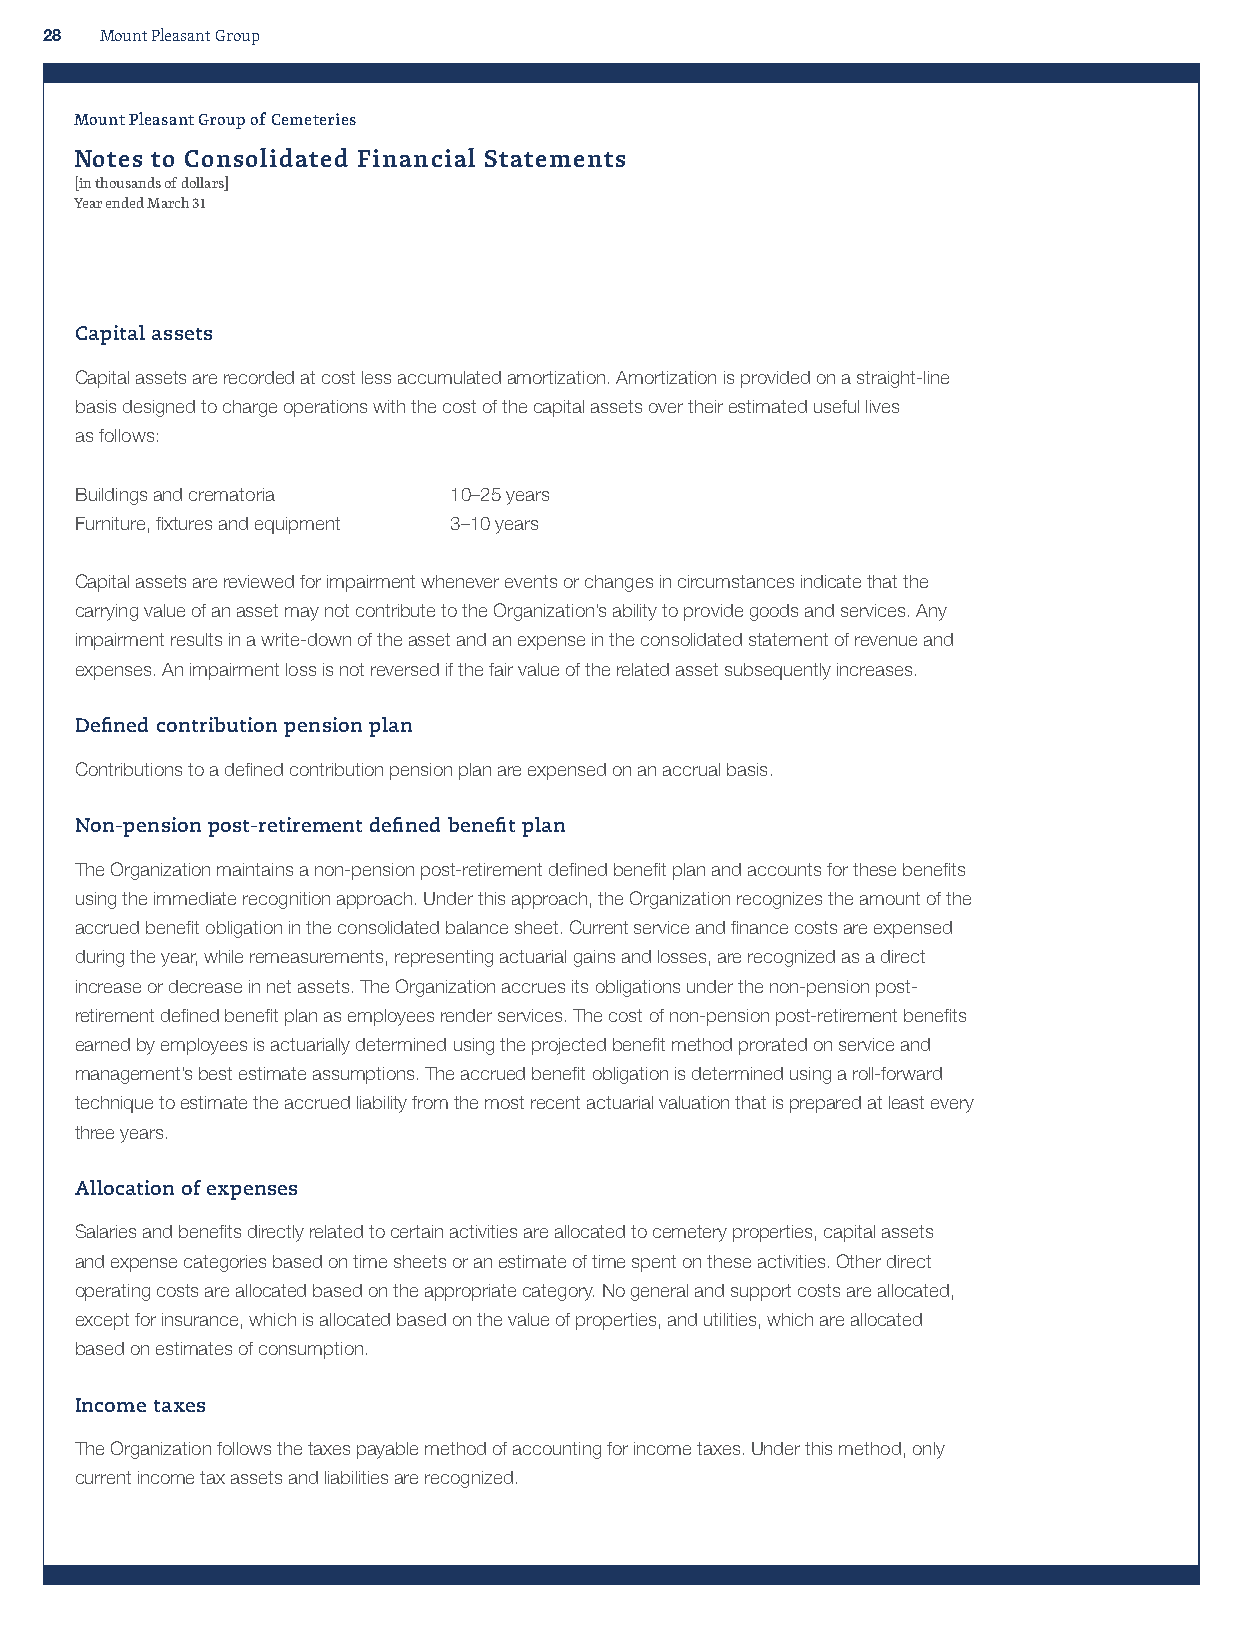
28  Mount Pleasant Group
 Mount Pleasant Group of Cemeteries
 Notes to Consolidated Financial Statements
 [in thousands of dollars]
 Year ended March 31
 Capital assets
 Capital assets are recorded at cost less accumulated amortization. Amortization is provided on a straight-line
 basis designed to charge operations with the cost of the capital assets over their estimated useful lives
 as follows:
 Buildings and crematoria 10–25 years
 Furniture, fixtures and equipment 3–10 years
 Capital assets are reviewed for impairment whenever events or changes in circumstances indicate that the
 carrying value of an asset may not contribute to the Organization’s ability to provide goods and services. Any
 impairment results in a write-down of the asset and an expense in the consolidated statement of revenue and
 expenses. An impairment loss is not reversed if the fair value of the related asset subsequently increases.
 Defined contribution pension plan
 Contributions to a defined contribution pension plan are expensed on an accrual basis.
 Non-pension post-retirement defined benefit plan
 The Organization maintains a non-pension post-retirement defined benefit plan and accounts for these benefits
 using the immediate recognition approach. Under this approach, the Organization recognizes the amount of the
 accrued benefit obligation in the consolidated balance sheet. Current service and finance costs are expensed
 during the year, while remeasurements, representing actuarial gains and losses, are recognized as a direct
 increase or decrease in net assets. The Organization accrues its obligations under the non-pension post-
 retirement defined benefit plan as employees render services. The cost of non-pension post-retirement benefits
 earned by employees is actuarially determined using the projected benefit method prorated on service and
 management’s best estimate assumptions. The accrued benefit obligation is determined using a roll-forward
 technique to estimate the accrued liability from the most recent actuarial valuation that is prepared at least every
 three years.
 Allocation of expenses
 Salaries and benefits directly related to certain activities are allocated to cemetery properties, capital assets
 and expense categories based on time sheets or an estimate of time spent on these activities. Other direct
 operating costs are allocated based on the appropriate category. No general and support costs are allocated,
 except for insurance, which is allocated based on the value of properties, and utilities, which are allocated
 based on estimates of consumption.
 Income taxes
 The Organization follows the taxes payable method of accounting for income taxes. Under this method, only
 current income tax assets and liabilities are recognized.